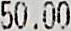
50.00